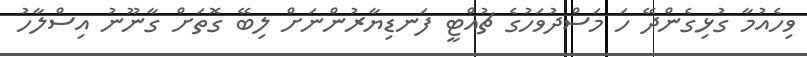
ވިހެއުމާ ގުޅިގެންދޭ ހަ މަސްދުވަހުގެ ޗުއްޓީ ފަނޑިޔާރުންނަށް ލިބޭ ގޮތަށް ގާނޫނު އިސްލާހު